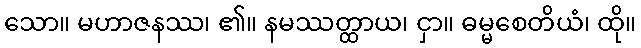
သော။ မဟာဇနဿ၊ ၏။ နမဿတ္ထာယ၊ ငှာ။ ဓမ္မစေတိယံ၊ ထို။